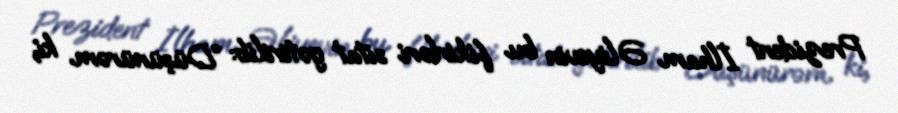
Prezident İlham Əliyevin bu fikirləri sitat gətirilib: “Düşünürəm ki,